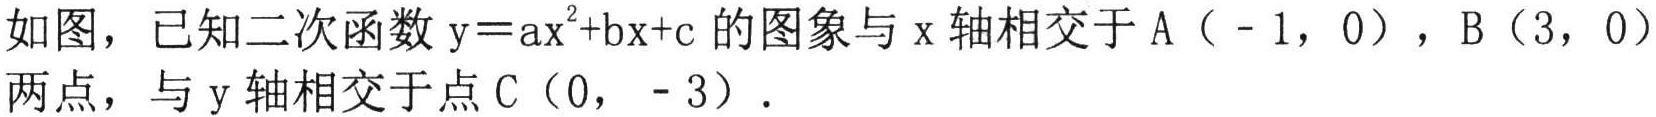
如图，已知二次函数$\mathrm{y}=\mathrm{a}\mathrm{x}^{2}+\mathrm{b}\mathrm{x}+\mathrm{c}$的图象与$\mathrm{x}$轴相交于$\mathrm{A}(-1,0)$，$\mathrm{B}(3,0)$两点，与$\mathrm{y}$轴相交于点$\mathrm{C}(0,-3)$.